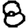
Digit: 8